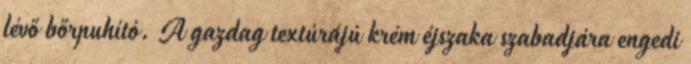
lévő bőrpuhító. A gazdag textúrájú krém éjszaka szabadjára engedi